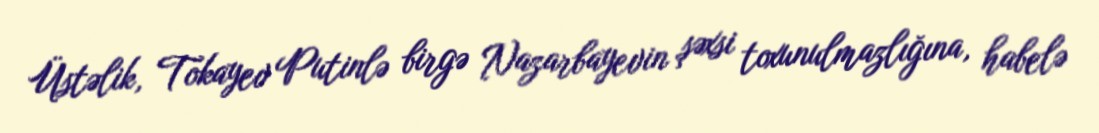
Üstəlik, Tokayev Putinlə birgə Nazarbayevin şəxsi toxunulmazlığına, habelə